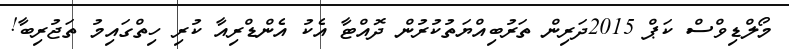
މޯލްޑިވްސް ކަޕް 2015ދަރިން ތަރުބިއްޔަތުކުރުން ދޮއްޓާ އެކު އެންޑްރިއާ ކުރި ހިތްގައިމު ތަޖުރިބާ!